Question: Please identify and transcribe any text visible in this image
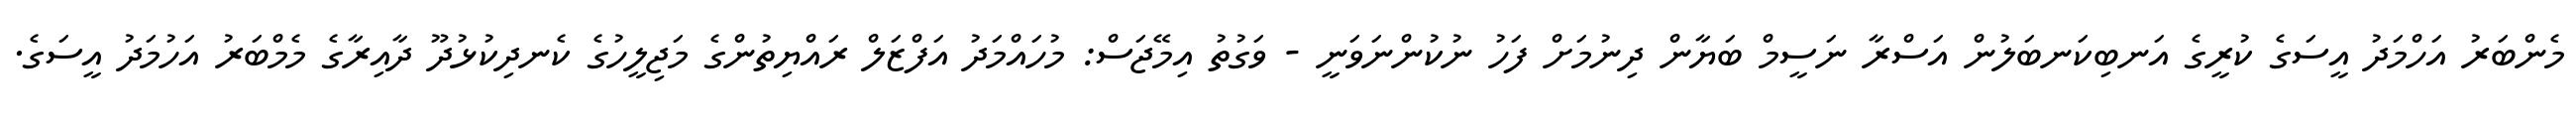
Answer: މެންބަރު އަހްމަދު އީސަގެ ކުރީގެ އަނބިކަނބަލުން އަސްރާ ނަސީމް ބަޔާން ދިނުމަށް ފަހު ނުކުންނަވަނީ - ވަގުތު އިމޭޖަސް: މުހައްމަދު އަފްޒަލް ރައްޔިތުންގެ މަޖިލީހުގެ ކެނދިކުޅުދޫ ދާއިރާގެ މެމްބަރު އަހުމަދު އީސަގެ.